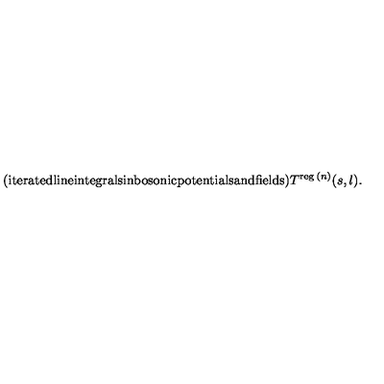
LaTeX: { \mathrm { ( i t e r a t e d l i n e i n t e g r a l s i n b o s o n i c p o t e n t i a l s a n d f i e l d s ) } } T ^ { \mathrm { \scriptsize { r e g } } \: ( n ) } ( s , l ) .